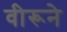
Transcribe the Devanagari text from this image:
वीरूने